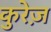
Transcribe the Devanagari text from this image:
कुरेज़